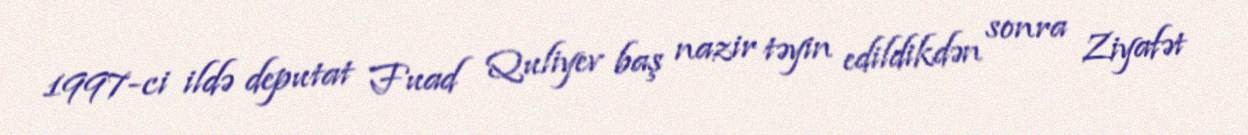
1997-ci ildə deputat Fuad Quliyev baş nazir təyin edildikdən sonra Ziyafət